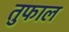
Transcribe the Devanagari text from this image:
तुफाल